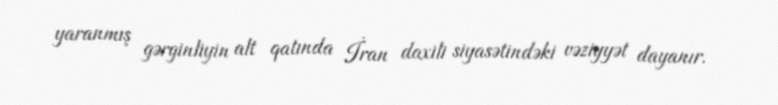
yaranmış gərginliyin alt qatında İran daxili siyasətindəki vəziyyət dayanır.